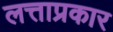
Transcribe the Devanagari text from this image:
लत्ताप्रकार